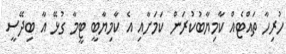
ހުރިހާ ތައްޓެއް ކާމިޔާބުކުރަން ކަމަށާއި އެ ކާމިޔާބީ ޓީމާ ގުޅޭ އާ ބިދޭސީ